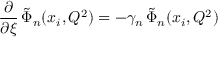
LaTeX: \frac { \partial } { \partial \xi } \, \tilde { \Phi } _ { n } ( x _ { i } , Q ^ { 2 } ) = - \gamma _ { n } \, \tilde { \Phi } _ { n } ( x _ { i } , Q ^ { 2 } )